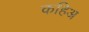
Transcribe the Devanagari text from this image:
कहिअ